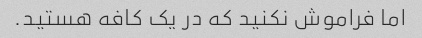
اما فراموش نکنید که در یک کافه هستید.